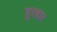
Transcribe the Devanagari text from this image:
दुरबार